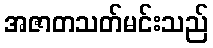
အဇာတသတ်မင်းသည်